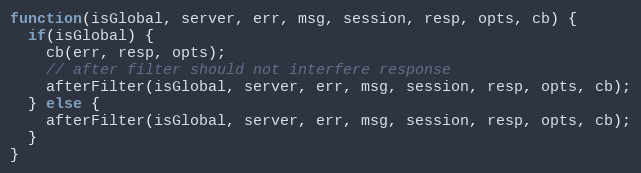
Language: JavaScript
function(isGlobal, server, err, msg, session, resp, opts, cb) {
  if(isGlobal) {
    cb(err, resp, opts);
    // after filter should not interfere response
    afterFilter(isGlobal, server, err, msg, session, resp, opts, cb);
  } else {
    afterFilter(isGlobal, server, err, msg, session, resp, opts, cb);
  }
}